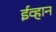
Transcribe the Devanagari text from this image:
ईव्हान